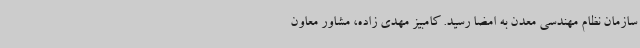
سازمان نظام مهندسی معدن به امضا رسید. کامبیز مهدی زاده، مشاور معاون